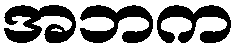
အဘက